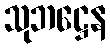
သုဘဋ္ဌေန